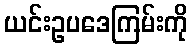
ယင်းဥပဒေကြမ်းကို